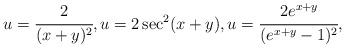
\begin{align*}u=\cfrac{2}{(x+y)^2}, u=2\sec^2(x+y), u=\cfrac{2e^{x+y}}{(e^{x+y}-1)^2},\end{align*}